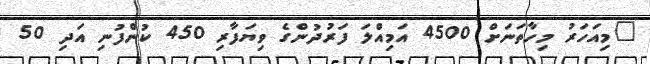
"މިއަހަރު މިހާތަނަށް 4500 އަމިއްލަ ފަރުދުންގެ ވިޔަފާރި 450 ކުންފުނި އަދި 50